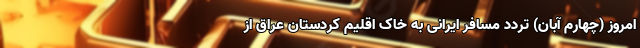
امروز (چهارم آبان) تردد مسافر ایرانی به خاک اقلیم کردستان عراق از